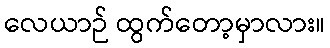
လေယာဉ် ထွက်တော့မှာလား။